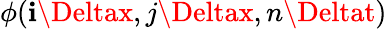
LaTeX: \phi(\mathbf{i}\Deltax,j\Deltax,n\Deltat)